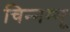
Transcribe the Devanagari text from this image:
चिन्‍नम्‍मू